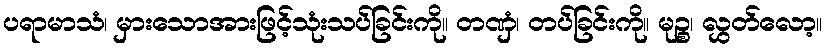
ပရာမာသံ၊ မှားသောအားဖြင့်သုံးသပ်ခြင်းကို။ တဏှံ၊ တပ်ခြင်းကို။ မုဉ္စ၊ လွှတ်လော့။